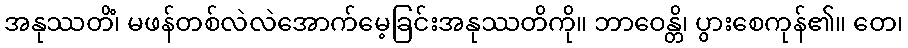
အနုဿတိံ၊ မဖန်တစ်လဲလဲအောက်မေ့ခြင်းအနုဿတိကို။ ဘာဝေန္တိ၊ ပွားစေကုန်၏။ တေ၊